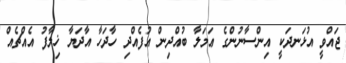
ޖައްވީ އުޅަނދަކީ އިންސާނުންގެ ޢަމަލާ ބުއްދިން އުފެއްދި ހާދަހާ އާދަޔާ ޚިލާފު އެއްޗެއް